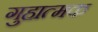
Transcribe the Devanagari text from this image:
गुहात्मक